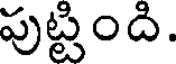
పుట్టింది.